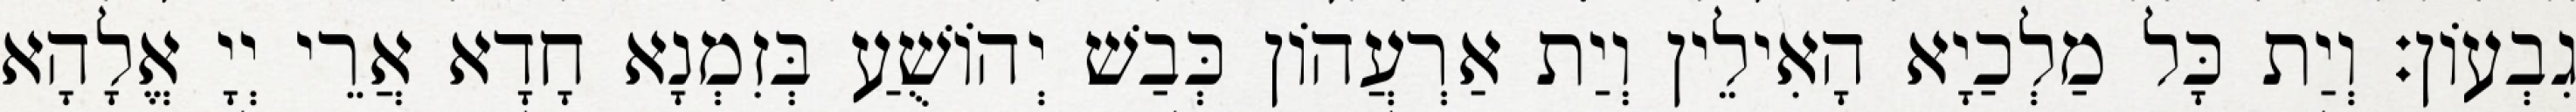
גִבְעוֹן׃ וְיַת כָּל מַלְכַיָא הָאִילֵין וְיַת אַרְעֲהוֹן כְּבַשׁ יְהוֹשֻׁעַ בְּזִמְנָא חָדָא אֲרֵי יְיָ אֱלָהָא